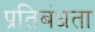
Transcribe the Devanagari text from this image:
प्रतिबंधता